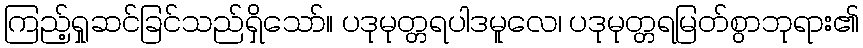
ကြည့်ရှုဆင်ခြင်သည်ရှိသော်။ ပဒုမုတ္တရပါဒမူလေ၊ ပဒုမုတ္တရမြတ်စွာဘုရား၏